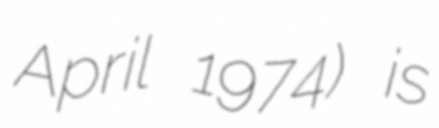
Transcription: April 1974) is